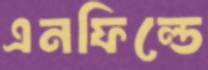
এনফিল্ডে